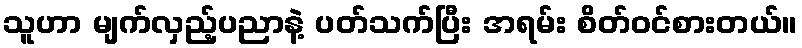
သူဟာ မျက်လှည့်ပညာနဲ့ ပတ်သက်ပြီး အရမ်း စိတ်ဝင်စားတယ်။